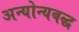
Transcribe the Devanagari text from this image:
अन्योन्यबद्ध